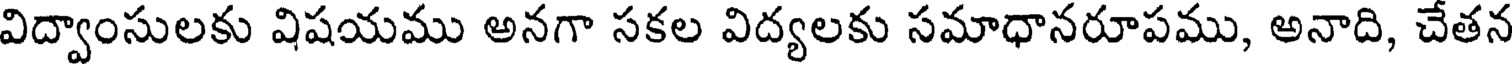
విద్వాంసులకు విషయము అనగా సకల విద్యలకు సమాధానరూపము, అనాది, చేతన